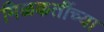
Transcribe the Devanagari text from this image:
मिळकतींच्या